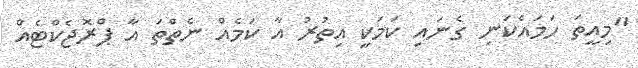
"މިއީތަ ހަމައެކަނި ގެނައި ކަމަކީ އިތުރު އާ ކަމެއް ނެތްތަ އާ ޕްރޮޖެކްޓެއް